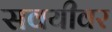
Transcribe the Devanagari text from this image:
सवयीवर